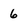
Character: 6